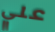
علي